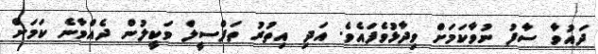
ދައުވާ ސާފު ނުވާކަމަށް ވިދާޅުވެފައެވެ. އަދި އިތުރު ތަފްސީލް ވަކީލުން ދެއްވާނެ ކަމަށް